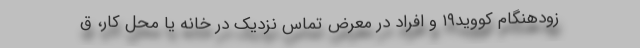
زودهنگام کووید۱۹ و افراد در معرض تماس نزدیک در خانه یا محل کار، ق